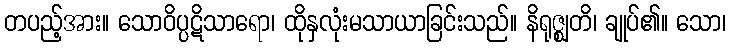
တပည့်အား။ သောဝိပ္ပဋိသာရော၊ ထိုနှလုံးမသာယာခြင်းသည်။ နိရုဇ္ဈတိ၊ ချုပ်၏။ သော၊